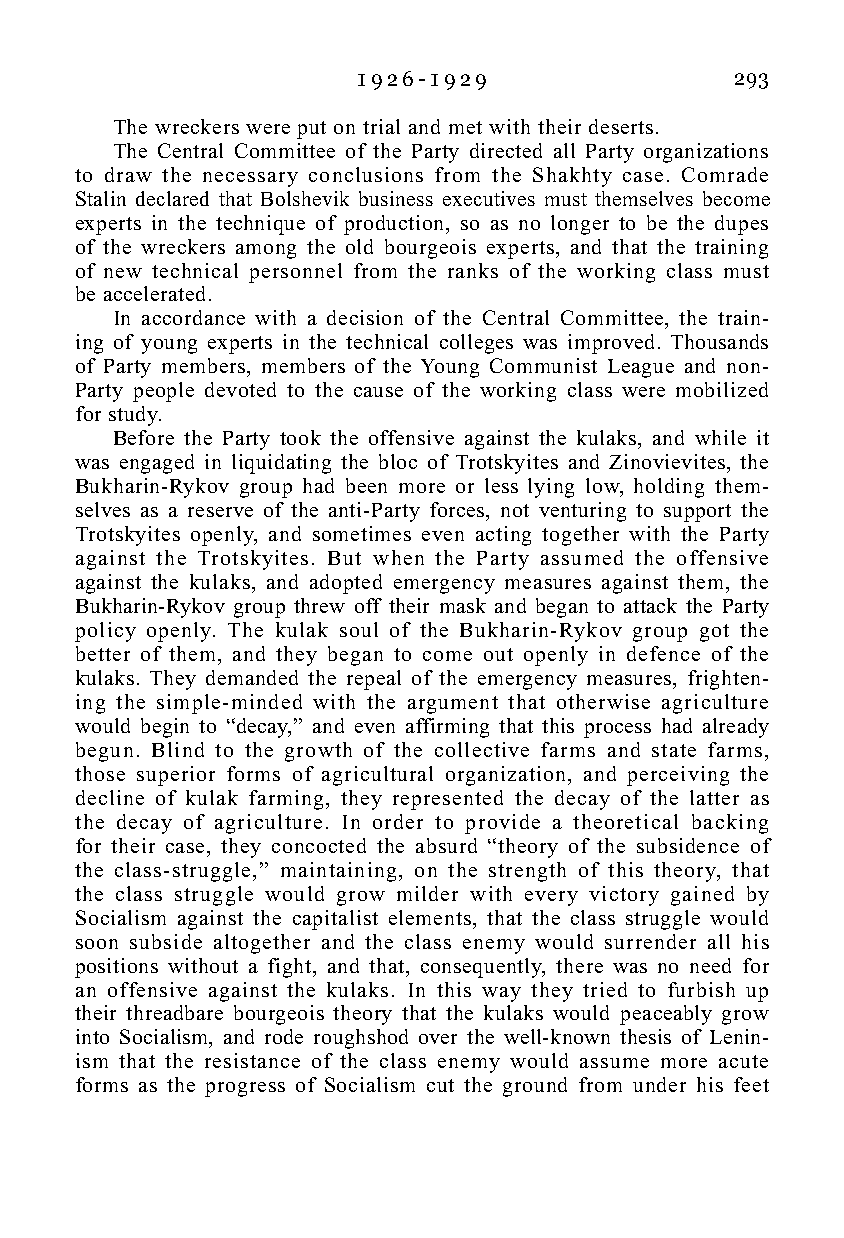
1 9 2 6 - 1 9 2 9        293
 The wreckers were put on trial and met with their deserts.
 The Central Committee of the Party directed all Party organizations
 to draw the necessary conclusions from the Shakhty case. Comrade
 Stalin declared that Bolshevik business executives must themselves become
 experts in the technique of production, so as no longer to be the dupes
 of the wreckers among the old bourgeois experts, and that the training
 of new technical personnel from the ranks of the working class must
 be accelerated.
 In accordance with a decision of the Central Committee, the train-
 ing of young experts in the technical colleges was improved. Thousands
 of Party members, members of the Young Communist League and non-
 Party people devoted to the cause of the working class were mobilized
 for study.
 Before the Party took the offensive against the kulaks, and while it
 was engaged in liquidating the bloc of Trotskyites and Zinovievites, the
 Bukharin-Rykov group had been more or less lying low, holding them-
 selves as a reserve of the anti-Party forces, not venturing to support the
 Trotskyites openly, and sometimes even acting together with the Party
 against the Trotskyites. But when the Party assumed the offensive
 against the kulaks, and adopted emergency measures against them, the
 Bukharin-Rykov group threw off their mask and began to attack the Party
 policy openly. The kulak soul of the Bukharin-Rykov group got the
 better of them, and they began to come out openly in defence of the
 kulaks. They demanded the repeal of the emergency measures, frighten-
 ing the simple-minded with the argument that otherwise agriculture
 would begin to “decay,” and even affirming that this process had already
 begun. Blind to the growth of the collective farms and state farms,
 those superior forms of agricultural organization, and perceiving the
 decline of kulak farming, they represented the decay of the latter as
 the decay of agriculture. In order to provide a theoretical backing
 for their case, they concocted the absurd “theory of the subsidence of
 the class-struggle,” maintaining, on the strength of this theory, that
 the class struggle would grow milder with every victory gained by
 Socialism against the capitalist elements, that the class struggle would
 soon subside altogether and the class enemy would surrender all his
 positions without a fight, and that, consequently, there was no need for
 an offensive against the kulaks. In this way they tried to furbish up
 their threadbare bourgeois theory that the kulaks would peaceably grow
 into Socialism, and rode roughshod over the well-known thesis of Lenin-
 ism that the resistance of the class enemy would assume more acute
 forms as the progress of Socialism cut the ground from under his feet